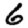
Digit: 6